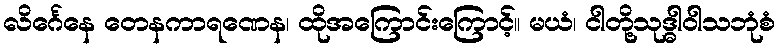
လိင်္ဂေနေ တေနကာရဏေန၊ ထိုအကြောင်းကြောင့်။ မယံ၊ ငါတို့သုဒ္ဓါဝါသဘုံစံ